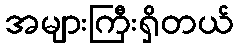
အများကြီးရှိတယ်